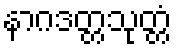
နာဂဒတ္တသုတ္တံ